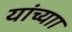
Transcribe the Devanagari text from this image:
यांच्याा